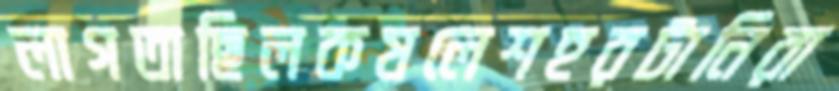
লাগতাছিলকষলেশহরটানিরা